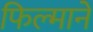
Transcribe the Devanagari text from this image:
फिल्‍माने